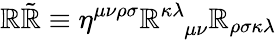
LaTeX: {\cal{\mathbb{R}}}{\tilde{{\cal{\mathbb{R}}}}}\equiv{\cal{\eta}}^{\mu\nu\rho\sigma}\mathbb{R}_{\; \; \; \mu\nu}^{\kappa\lambda}\mathbb{R}_{\rho\sigma\kappa\lambda}